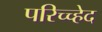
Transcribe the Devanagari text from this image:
परिच्च्हेद